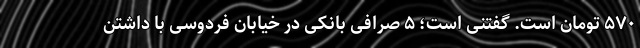
۵۷۰ تومان است. گفتنی است؛ ۵ صرافی بانکی در خیابان فردوسی با داشتن